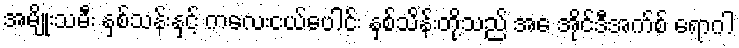
အမျိုးသမီး နှစ်သန်းနှင့် ကလေးငယ်ပေါင်း နှစ်သိန်းတို့သည် အေ အိုင်ဒီအက်စ် ရောဂါ